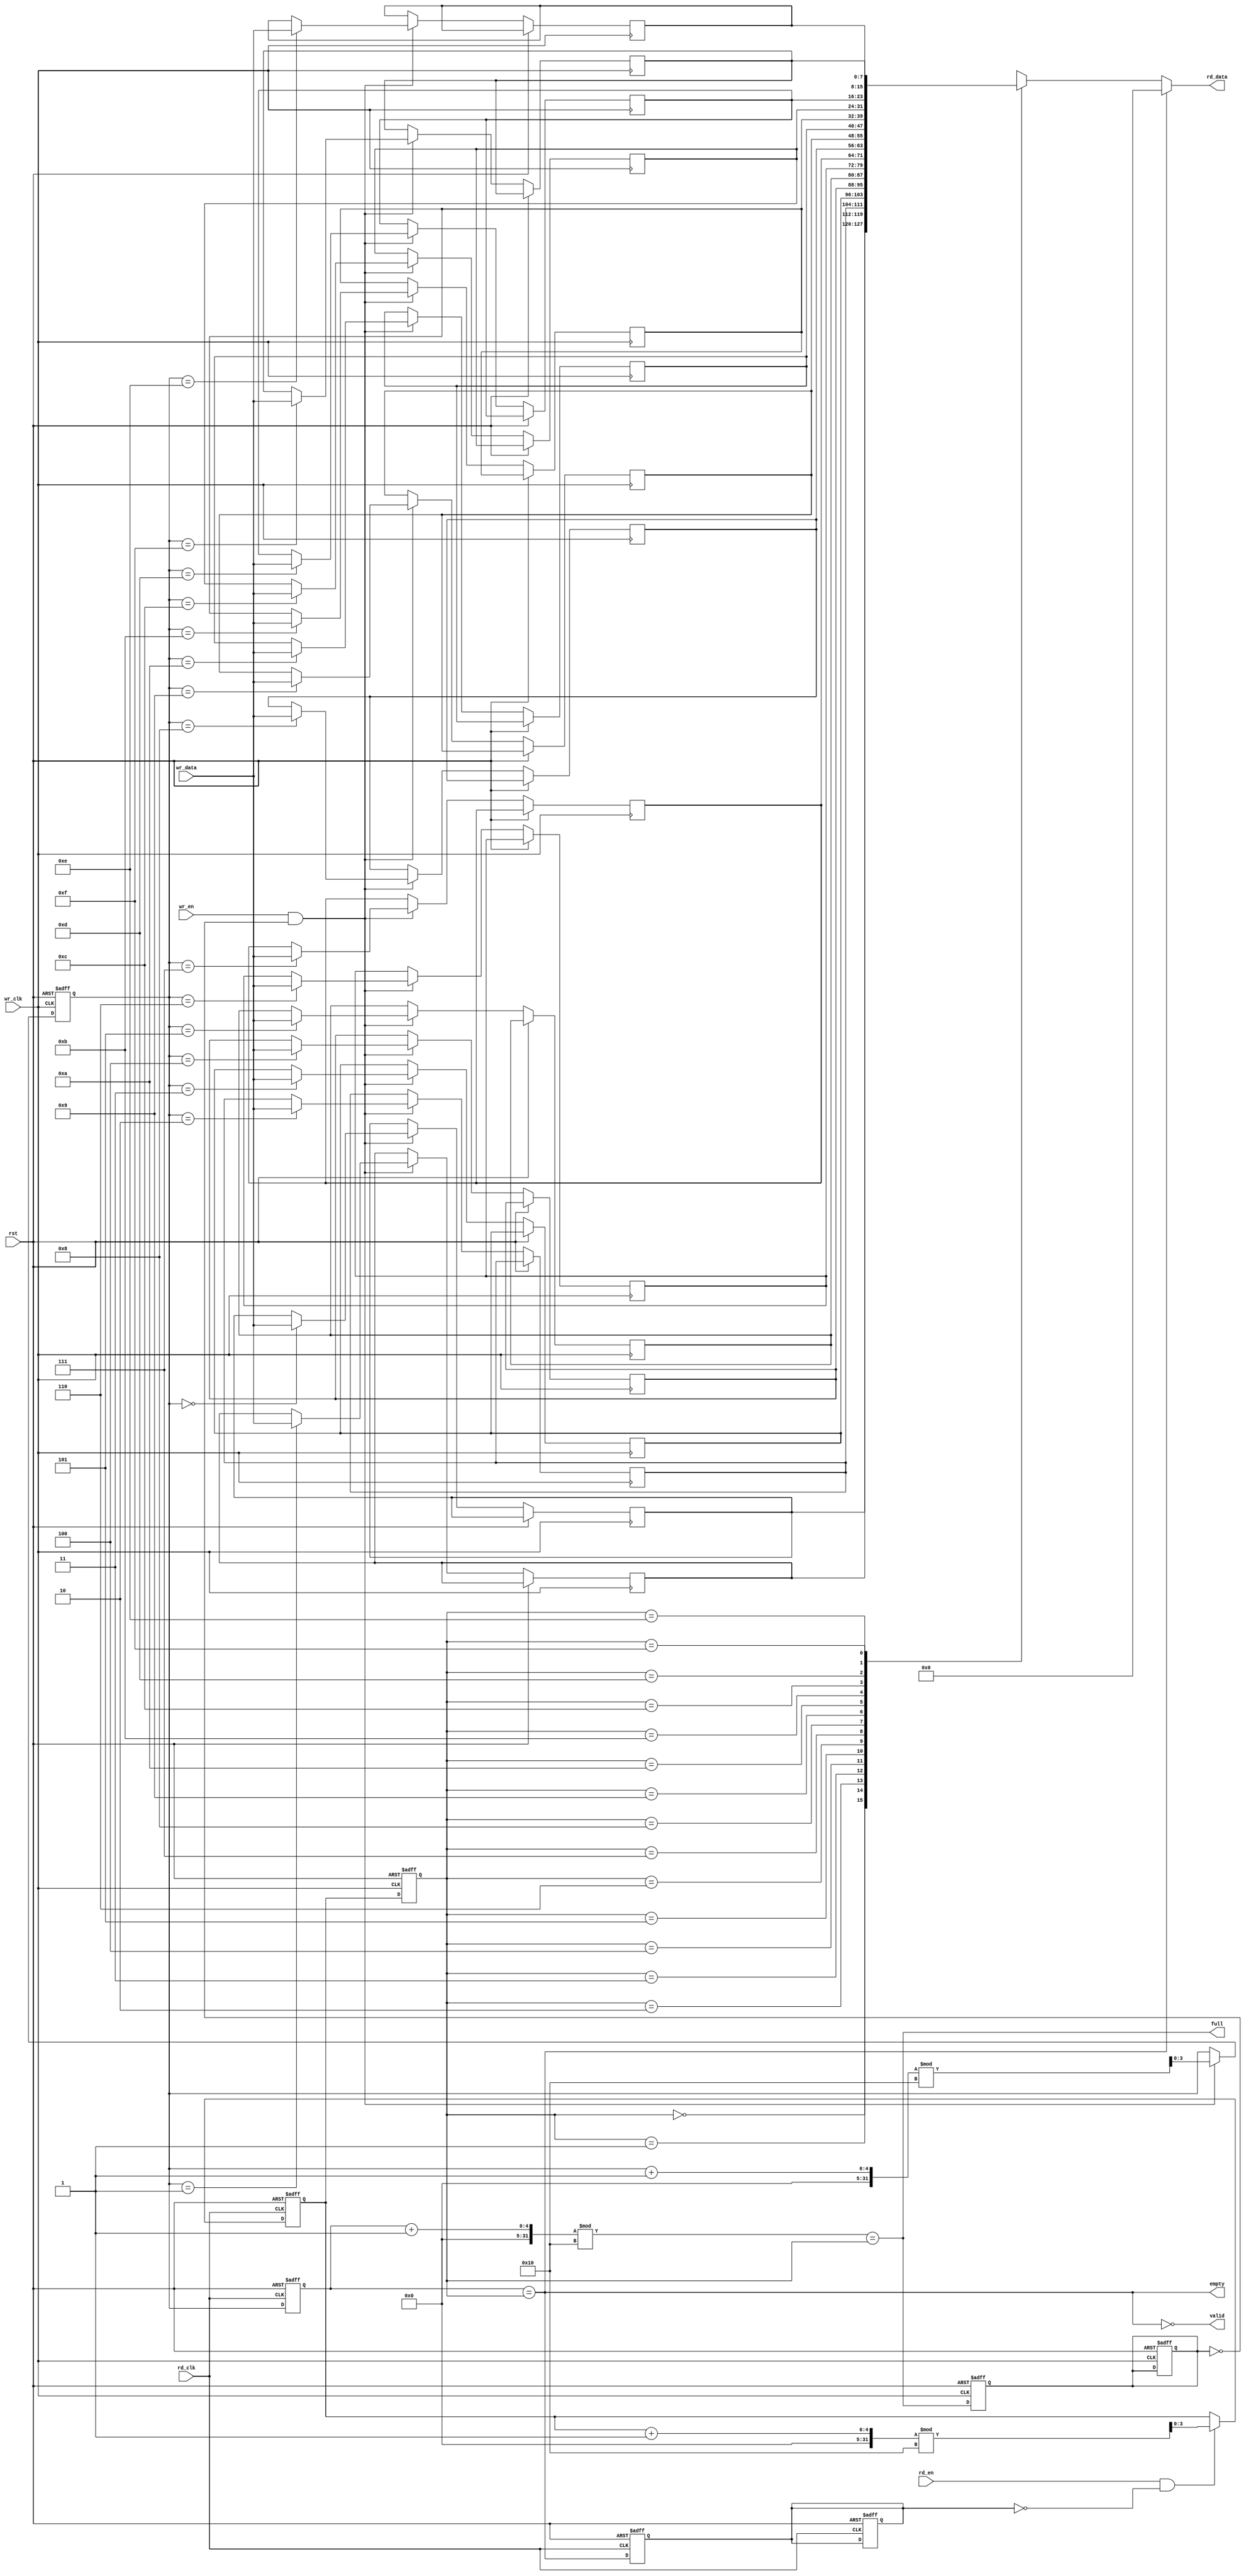
module async_fifo #(
    parameter DATA_WIDTH = 8, // Width of each data entry
    parameter FIFO_DEPTH = 16  // Depth of the FIFO (must be a power of two)
)(
    input wire wr_clk,           // Write clock
    input wire rd_clk,           // Read clock
    input wire rst,              // Asynchronous reset
    input wire wr_en,            // Write enable
    input wire rd_en,            // Read enable
    input wire [DATA_WIDTH-1:0] wr_data, // Data input
    output wire [DATA_WIDTH-1:0] rd_data, // Data output
    output wire full,            // FIFO full flag
    output wire empty,           // FIFO empty flag
    output wire valid            // Data valid flag
);

    // Memory block
    reg [DATA_WIDTH-1:0] fifo_mem [0:FIFO_DEPTH-1];

    // Write and read pointers
    reg [$clog2(FIFO_DEPTH)-1:0] wr_ptr, rd_ptr;
    reg [$clog2(FIFO_DEPTH)-1:0] wr_ptr_sync, rd_ptr_sync;
    
    // Full and empty flags
    reg full_reg, empty_reg;

    // Asynchronous reset logic
    always @(posedge wr_clk or posedge rst) begin
        if (rst) begin
            wr_ptr <= 0;
            full_reg <= 0;
        end else if (wr_en && !full_reg) begin
            fifo_mem[wr_ptr] <= wr_data;
            wr_ptr <= (wr_ptr + 1) % FIFO_DEPTH;
        end
    end

    always @(posedge rd_clk or posedge rst) begin
        if (rst) begin
            rd_ptr <= 0;
            empty_reg <= 1;
        end else if (rd_en && !empty_reg) begin
            rd_ptr <= (rd_ptr + 1) % FIFO_DEPTH;
        end
    end

    // Synchronizing pointers to the other clock domain
    always @(posedge rd_clk or posedge rst) begin
        if (rst) begin
            wr_ptr_sync <= 0;
        end else begin
            wr_ptr_sync <= wr_ptr;
        end
    end

    always @(posedge wr_clk or posedge rst) begin
        if (rst) begin
            rd_ptr_sync <= 0;
        end else begin
            rd_ptr_sync <= rd_ptr;
        end
    end

    // Full and empty flag logic
    assign full = (wr_ptr_sync + 1) % FIFO_DEPTH == rd_ptr_sync;
    assign empty = (wr_ptr_sync == rd_ptr_sync);

    // Output data valid and read logic
    assign valid = !empty;
    assign rd_data = (valid) ? fifo_mem[rd_ptr_sync] : {DATA_WIDTH{1'b0}};

    // Update empty register
    always @(posedge rd_clk or posedge rst) begin
        if (rst) begin
            empty_reg <= 1;
        end else begin
            empty_reg <= empty;
        end
    end

    // Update full register
    always @(posedge wr_clk or posedge rst) begin
        if (rst) begin
            full_reg <= 0;
        end else begin
            full_reg <= full;
        end
    end

endmodule